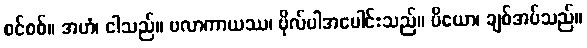
စင်စစ်။ အဟံ၊ ငါသည်။ ဗလာကာယဿ၊ ဗိုလ်ပါအပေါင်းသည်။ ပိယော၊ ချစ်အပ်သည်။